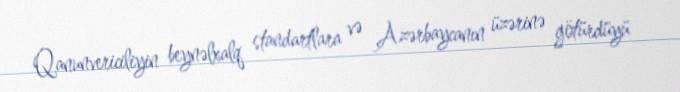
Qanunvericiliyin beynəlxalq standartlara və Azərbaycanın üzərinə götürdüyü